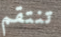
تنتقم